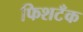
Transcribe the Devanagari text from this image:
फिशटँक